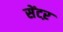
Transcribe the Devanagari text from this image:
सेंटऱ